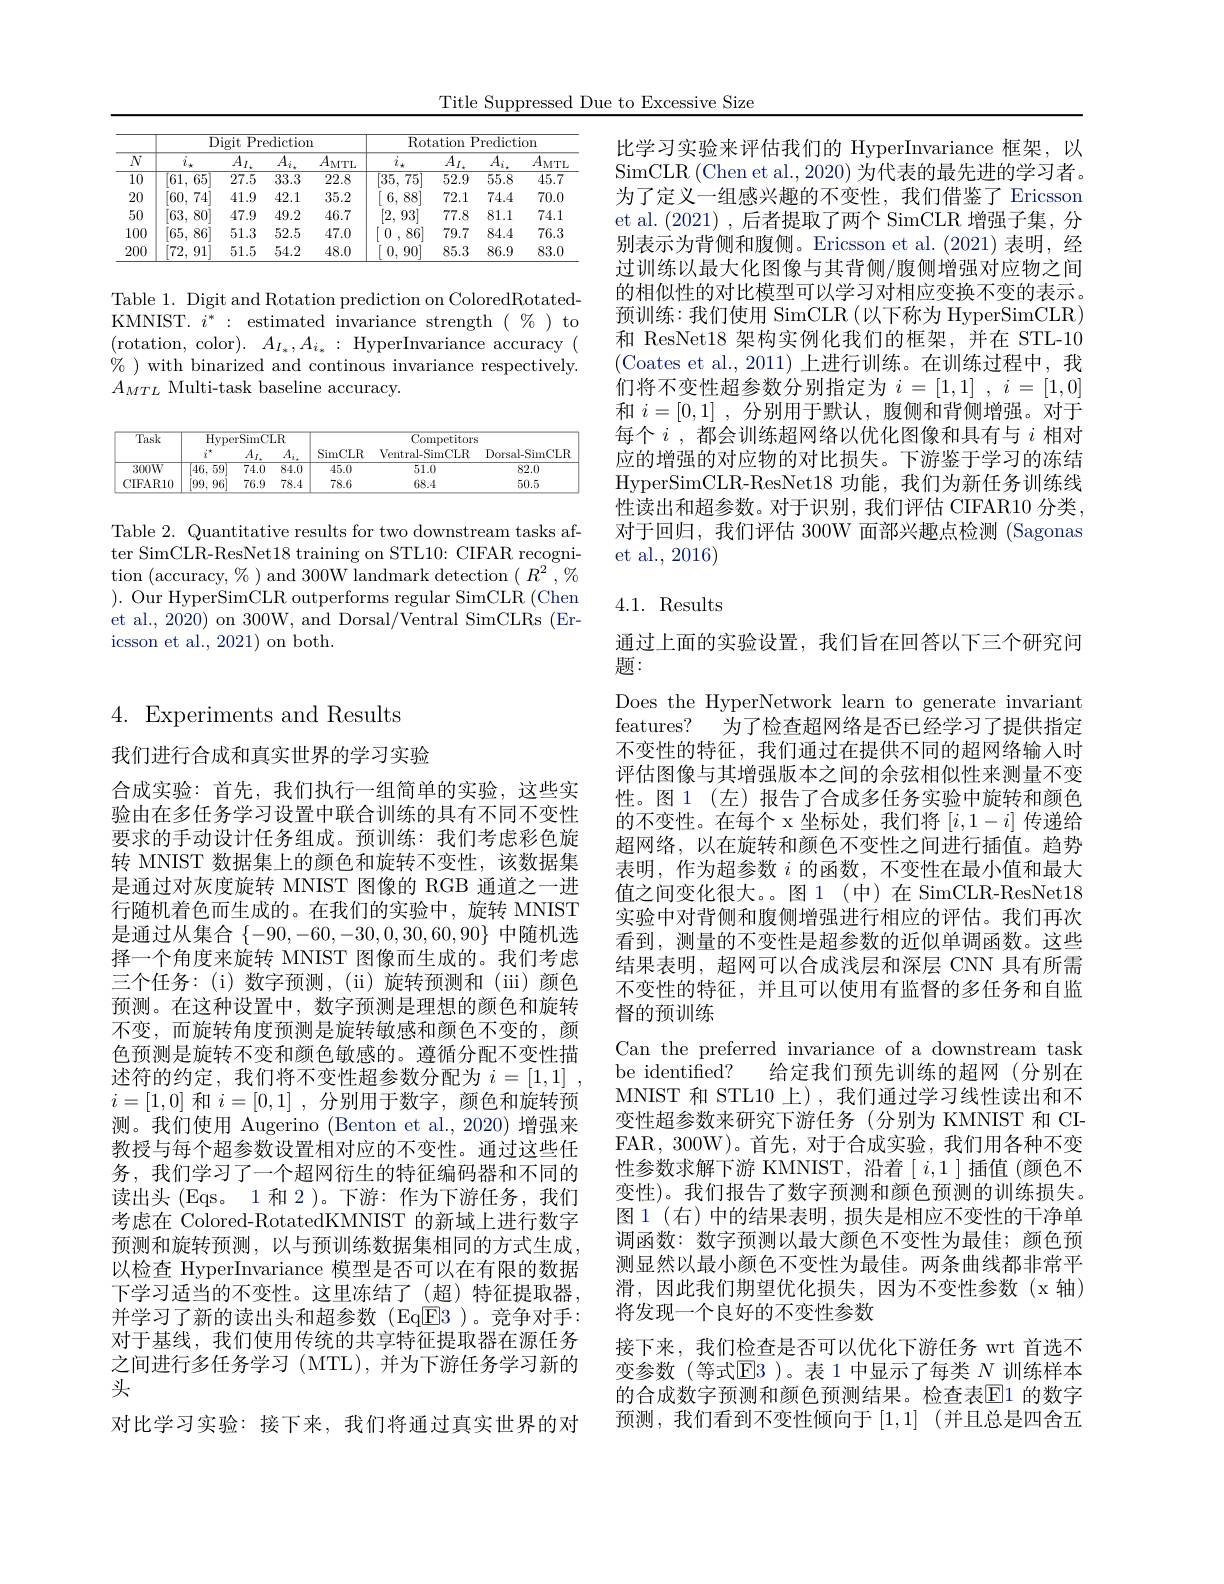
Title Suppressed Due to Excessive Size

<table>
	<tbody>
		<tr>
			<th rowspan="2">$\overline{N}$</th>
			<th colspan="4">Digit Prediction</th>
			<th colspan="4">Rotation Predictiom</th>
		</tr>
		<tr>
			<th>$\overline{i_\star}$</th>
			<th>$\overline{A_{I,}}$</th>
			<th>$\overline{A_i,}$</th>
			<th>$\overline{A_{\mathrm{MTL}}}$</th>
			<th>$\overline{i_*}$</th>
			<th>$\overline{A_{I,}}$</th>
			<th>$\overline{A_i}_*$</th>
			<th>$\overline{A_\mathrm{MTI}}$</th>
		</tr>
		<tr>
			<td>$\overline{10}$</td>
			<td>$\overline{[61,\:\epsilon]}$ $\overline{65}$</td>
			<td>$\overline{27.5}$</td>
			<td>$\overline{33.3}$</td>
			<td>22.8</td>
			<td>$\overline{[35,75]}$</td>
			<td>$\overline{52.9}$</td>
			<td>$\overline{55.8}$</td>
			<td>45.7</td>
		</tr>
		<tr>
			<td>20</td>
			<td>[60, 74</td>
			<td>41.9</td>
			<td>42.1</td>
			<td>35.2</td>
			<td>881 6.</td>
			<td>72.1</td>
			<td>74.4</td>
			<td>70.0</td>
		</tr>
		<tr>
			<td>50</td>
			<td>[63, 801</td>
			<td>47.9</td>
			<td>49.2</td>
			<td>46.7</td>
			<td>93| [2.</td>
			<td>77.8</td>
			<td>81.1</td>
			<td>74.1</td>
		</tr>
		<tr>
			<td>100</td>
			<td>[65, $\xi$ 86</td>
			<td>51.3</td>
			<td>52.5</td>
			<td>47.0</td>
			<td>861 0</td>
			<td>79.7</td>
			<td>84.4</td>
			<td>76.3</td>
		</tr>
		<tr>
			<td>200</td>
			<td>[72, 91</td>
			<td>51.5</td>
			<td>54.2</td>
			<td>48.0</td>
			<td>0. 90]</td>
			<td>85.3</td>
			<td>86.9</td>
			<td>83.0</td>
		</tr>
	</tbody>
</table>

Table 1. Digit and Rotation prediction on ColoredRotatedKMNIST. $i^*:$ estimated invariance strength $(\begin{array}{c}\%\end{array})$ to (rotation, color$).\: A_I_*,A_{i_*}:\:$HyperInvariance accuracy( $\%$ ) with binarized and continous invariance respectively. $A_{MTL}$ Multi-task baseline accuracy.

<table>
	<tbody>
		<tr>
			<th rowspan="2">$\overline{\text{Task}}$</th>
			<th colspan="3">HyperSimCLR</th>
			<th> </th>
			<th colspan="2">$\overline{\mathrm{Competitors}}$</th>
		</tr>
		<tr>
			<th>$i^{\star}$</th>
			<th>$A_{I.}$</th>
			<th>$A_i$</th>
			<th>SimCLR</th>
			<th>Ventral-SimCLR</th>
			<th>Dorsal- SimCLR</th>
		</tr>
		<tr>
			<td>$300W$</td>
			<td>46,59</td>
			<td>$\overline{74.0}$</td>
			<td>$\overline{84.0}$</td>
			<td>$\overline{45.0}$</td>
			<td>51.0</td>
			<td>82.0</td>
		</tr>
		<tr>
			<td>CIFAR10</td>
			<td>[99,96]</td>
			<td>76.9</td>
			<td>78.4</td>
			<td>78.6</td>
			<td>68.4</td>
			<td>50.5</td>
		</tr>
	</tbody>
</table>

Table 2. Quantitative results for two downstream tasks after SimCLR-ResNet18 training on STL10: CIFAR recognition (accuracy, $\%)$ and 300W landmark detection $(R^2,\%$ $).{\mathrm{~Our~HyperSimCLR~outperforms~regular~SimCLR~(Chen})}$ et al., 2020) on 300W, and Dorsal/Ventral SimCLRs (Ericsson et al., 2021) on both.

4. Experiments and Results

我们进行合成和真实世界的学习实验
合成实验：首先，我们执行一组简单的实验，这些实验由在多任务学习设置中联合训练的具有不同不变性要求的手动设计任务组成。预训练：我们考虑彩色旋转 MNIST 数据集上的颜色和旋转不变性，该数据集是通过对灰度旋转 MNIST 图像的 RGB 通道之一进行随机着色而生成的。在我们的实验中，旋转 MNIST 是通过从集合$\{-90,-60,-30,0,30,60,90\}$中随机选择一个角度来旋转 MNIST 图像而生成的。我们考虑三个任务：(i)数字预测，(ii)旋转预测和(iii)颜色预测。在这种设置中，数字预测是理想的颜色和旋转不变，而旋转角度预测是旋转敏感和颜色不变的，颜色预测是旋转不变和颜色敏感的。遵循分配不变性描述符的约定，我们将不变性超参数分配为$i= [ 1, 1]$ , $i=[1,0]$和$i=[0,1]$ ,分别用于数字，颜色和旋转预测。我们使用 Augerino (Benton et al.,2020)增强来教授与每个超参数设置相对应的不变性。通过这些任务，我们学习了一个超网衍生的特征编码器和不同的读出头 (Eqs。1 和 2)。下游：作为下游任务，我们考虑在 Colored-RotatedKMNIST 的新域上进行数字预测和旋转预测，以与预训练数据集相同的方式生成， 以检查 HyperInvariance 模型是否可以在有限的数据下学习适当的不变性。这里冻结了(超)特征提取器， 并学习了新的读出头和超参数(Eq$\boxed{F}3)。竞争对手：$ 对于基线，我们使用传统的共享特征提取器在源任务之间进行多任务学习 (MTL),并为下游任务学习新的头
对比学习实验：接下来，我们将通过真实世界的对

比学习实验来评估我们的 HyperInvariance 框架，以SimCLR (Chen et al., 2020) 为代表的最先进的学习者。为了定义一组感兴趣的不变性，我们借鉴了 Ericsson et al.(2021),后者提取了两个 SimCLR 增强子集，分别表示为背侧和腹侧。Ericsson et al.(2021)表明，经过训练以最大化图像与其背侧/腹侧增强对应物之间的相似性的对比模型可以学习对相应变换不变的表示。预训练：我们使用 SimCLR(以下称为 HyperSimCLR) 和 ResNet18 架构实例化我们的框架，并在 STL-10 (Coates et al.,2011)上进行训练。在训练过程中，我们将不变性超参数分别指定为$i= [ 1, 1]$ , $i= [ 1, 0]$ 和$i= [ 0, 1]$ ,分别用于默认，腹侧和背侧增强。对于每个$i$,都会训练超网络以优化图像和具有与$i$相对应的增强的对应物的对比损失。下游鉴于学习的冻结HyperSimCLR- ResNet18 功 能 , 我 们 为 新 任 务 训 练 线 性读出和超参数。对于识别，我们评估 CIFAR10 分类， 对于回归，我们评估 300W 面部兴趣点检测 (Sagonas et al., 2016)

### 4.1. Results

通过上面的实验设置，我们旨在回答以下三个研究问
题：

Does the HyperNetwork learn to generate invariant features? 为了检查超网络是否已经学习了提供指定不变性的特征，我们通过在提供不同的超网络输入时评估图像与其增强版本之间的余弦相似性来测量不变性。图 1(左)报告了合成多任务实验中旋转和颜色的不变性。在每个 x 坐标处，我们将$[i,1-i]$传递给超网络，以在旋转和颜色不变性之间进行插值。趋势表明，作为超参数$i$的函数，不变性在最小值和最大值之间变化很大。。图1(中)在 SimCLR-ResNet18实验中对背侧和腹侧增强进行相应的评估。我们再次看到，测量的不变性是超参数的近似单调函数。这些结果表明，超网可以合成浅层和深层 CNN 具有所需不变性的特征，并且可以使用有监督的多任务和自监督的预训练
Can the preferred invariance of a downstream task be identified? 给定我们预先训练的超网(分别在MNIST 和 STL10 上),我们通过学习线性读出和不变性超参数来研究下游任务(分别为 KMNIST 和 CIFAR,300W)。首先，对于合成实验，我们用各种不变性参数求解下游 KMNIST, 沿着$[i,1]$插值 (颜色不变性)。我们报告了数字预测和颜色预测的训练损失。图1(右)中的结果表明，损失是相应不变性的干净单调函数：数字预测以最大颜色不变性为最佳；颜色预测显然以最小颜色不变性为最佳。两条曲线都非常平滑，因此我们期望优化损失，因为不变性参数(x轴) 将发现一个良好的不变性参数
接下来，我们检查是否可以优化下游任务 wrt 首选不变参数(等式$\mathbb{E}$3 )。表 1 中显示了每类 $N_\text{训练样本}$ 的合成数字预测和颜色预测结果。检查表$\mathbb{E}$1 的数字预测，我们看到不变性倾向于[1,1] (并且总是四舍五